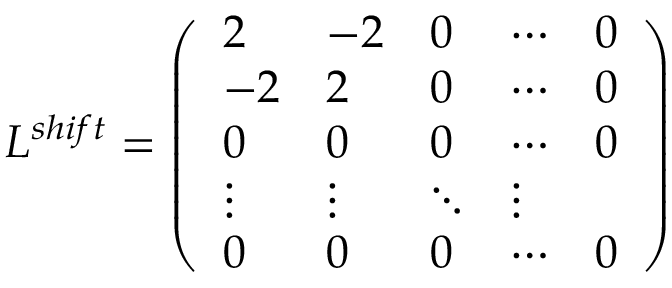
L ^ { s h i f t } = \left( \begin{array} { l l l l l } { 2 } & { - 2 } & { 0 } & { \cdots } & { 0 } \\ { - 2 } & { 2 } & { 0 } & { \cdots } & { 0 } \\ { 0 } & { 0 } & { 0 } & { \cdots } & { 0 } \\ { \vdots } & { \vdots } & { \ddots } & { \vdots } \\ { 0 } & { 0 } & { 0 } & { \cdots } & { 0 } \end{array} \right)